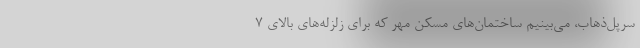
سرپل‌ذهاب، مي‌بينيم ساختمان‌هاي مسكن مهر كه براي زلزله‌هاي بالاي ۷